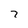
Character: 7